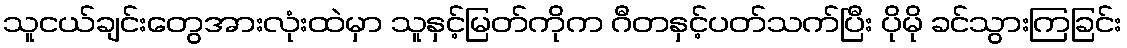
သူငယ်ချင်းတွေအားလုံးထဲမှာ သူနှင့်မြတ်ကိုက ဂီတနှင့်ပတ်သက်ပြီး ပိုမို ခင်သွားကြခြင်း